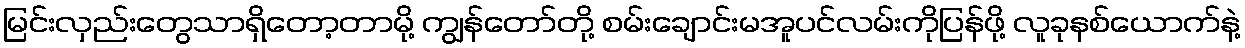
မြင်းလှည်းတွေသာရှိတော့တာမို့ ကျွန်တော်တို့ စမ်းချောင်းမအူပင်လမ်းကိုပြန်ဖို့ လူခုနစ်ယောက်နဲ့